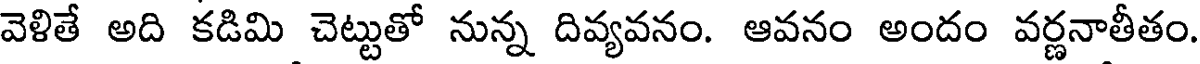
వెళితే అది కడిమి చెట్టుతో నున్న దివ్యవనం. ఆవనం అందం వర్ణనాతీతం.